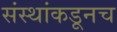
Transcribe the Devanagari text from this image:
संस्थांकडूनच